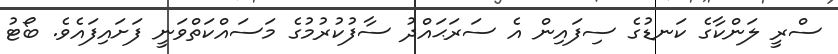
ސްރީ ލަންކާގެ ކަނޑުގެ ސިފައިން އެ ސަރަޙައްދު ސާފުކުރުމުގެ މަސައްކަތްވަނީ ފަށައިފައެވެ. ބޯޓު